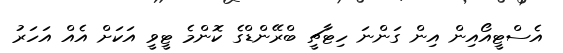
އެސްޓީއޯއިން އިން ގަންނަ ހިޓާޗީ ބްރޭންޑްގެ ކޮންމެ ޓީވީ އަކަށް އެއް އަހަރު